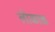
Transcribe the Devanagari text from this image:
लोकाक